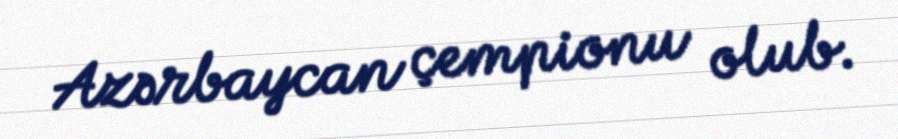
Azərbaycan çempionu olub.